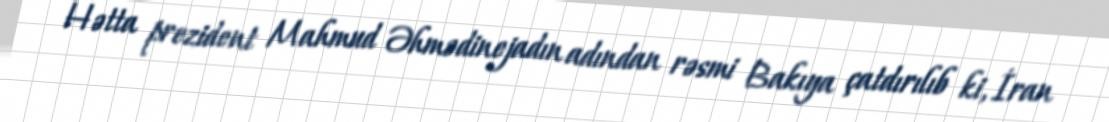
Hətta prezident Mahmud Əhmədinejadın adından rəsmi Bakıya çatdırılıb ki, İran